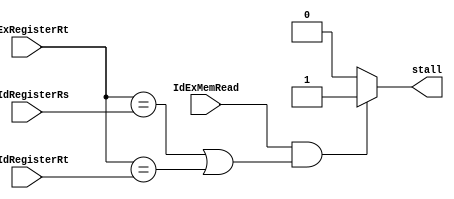
`timescale 1ns / 1ps
//////////////////////////////////////////////////////////////////////////////////
// Company: 
// Engineer: 
// 
// Design Name: 
// Module Name: HAZARD_DETECTION_UNIT
// Project Name: 
// Target Devices: 
// Tool Versions: 
// Description: 
// 
// Dependencies: 
// 
// Revision:
// Revision 0.01 - File Created
// Additional Comments:
// 
//////////////////////////////////////////////////////////////////////////////////


module HAZARD_DETECTION_UNIT(
    input IdExMemRead,
    input [4:0] IdExRegisterRt,
    input [4:0] IfIdRegisterRs,
    input [4:0] IfIdRegisterRt,
    output reg stall);
    
    always @ *
	begin
		
        if(IdExMemRead &&
        ((IdExRegisterRt == IfIdRegisterRs) ||
        (IdExRegisterRt == IfIdRegisterRt)))
        begin
            stall = 1'b1;
        end
        else
        begin
            stall = 1'b0;
        end
	end					
    
endmodule